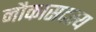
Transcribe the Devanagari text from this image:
नौकासदस्य